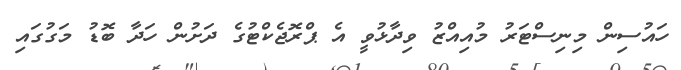
ހައުސިން މިނިސްޓަރު މުއިއްޒު ވިދާޅުވީ އެ ޕްރޮޖެކްޓުގެ ދަށުން ހަދާ ބޮޑު މަގުގައި